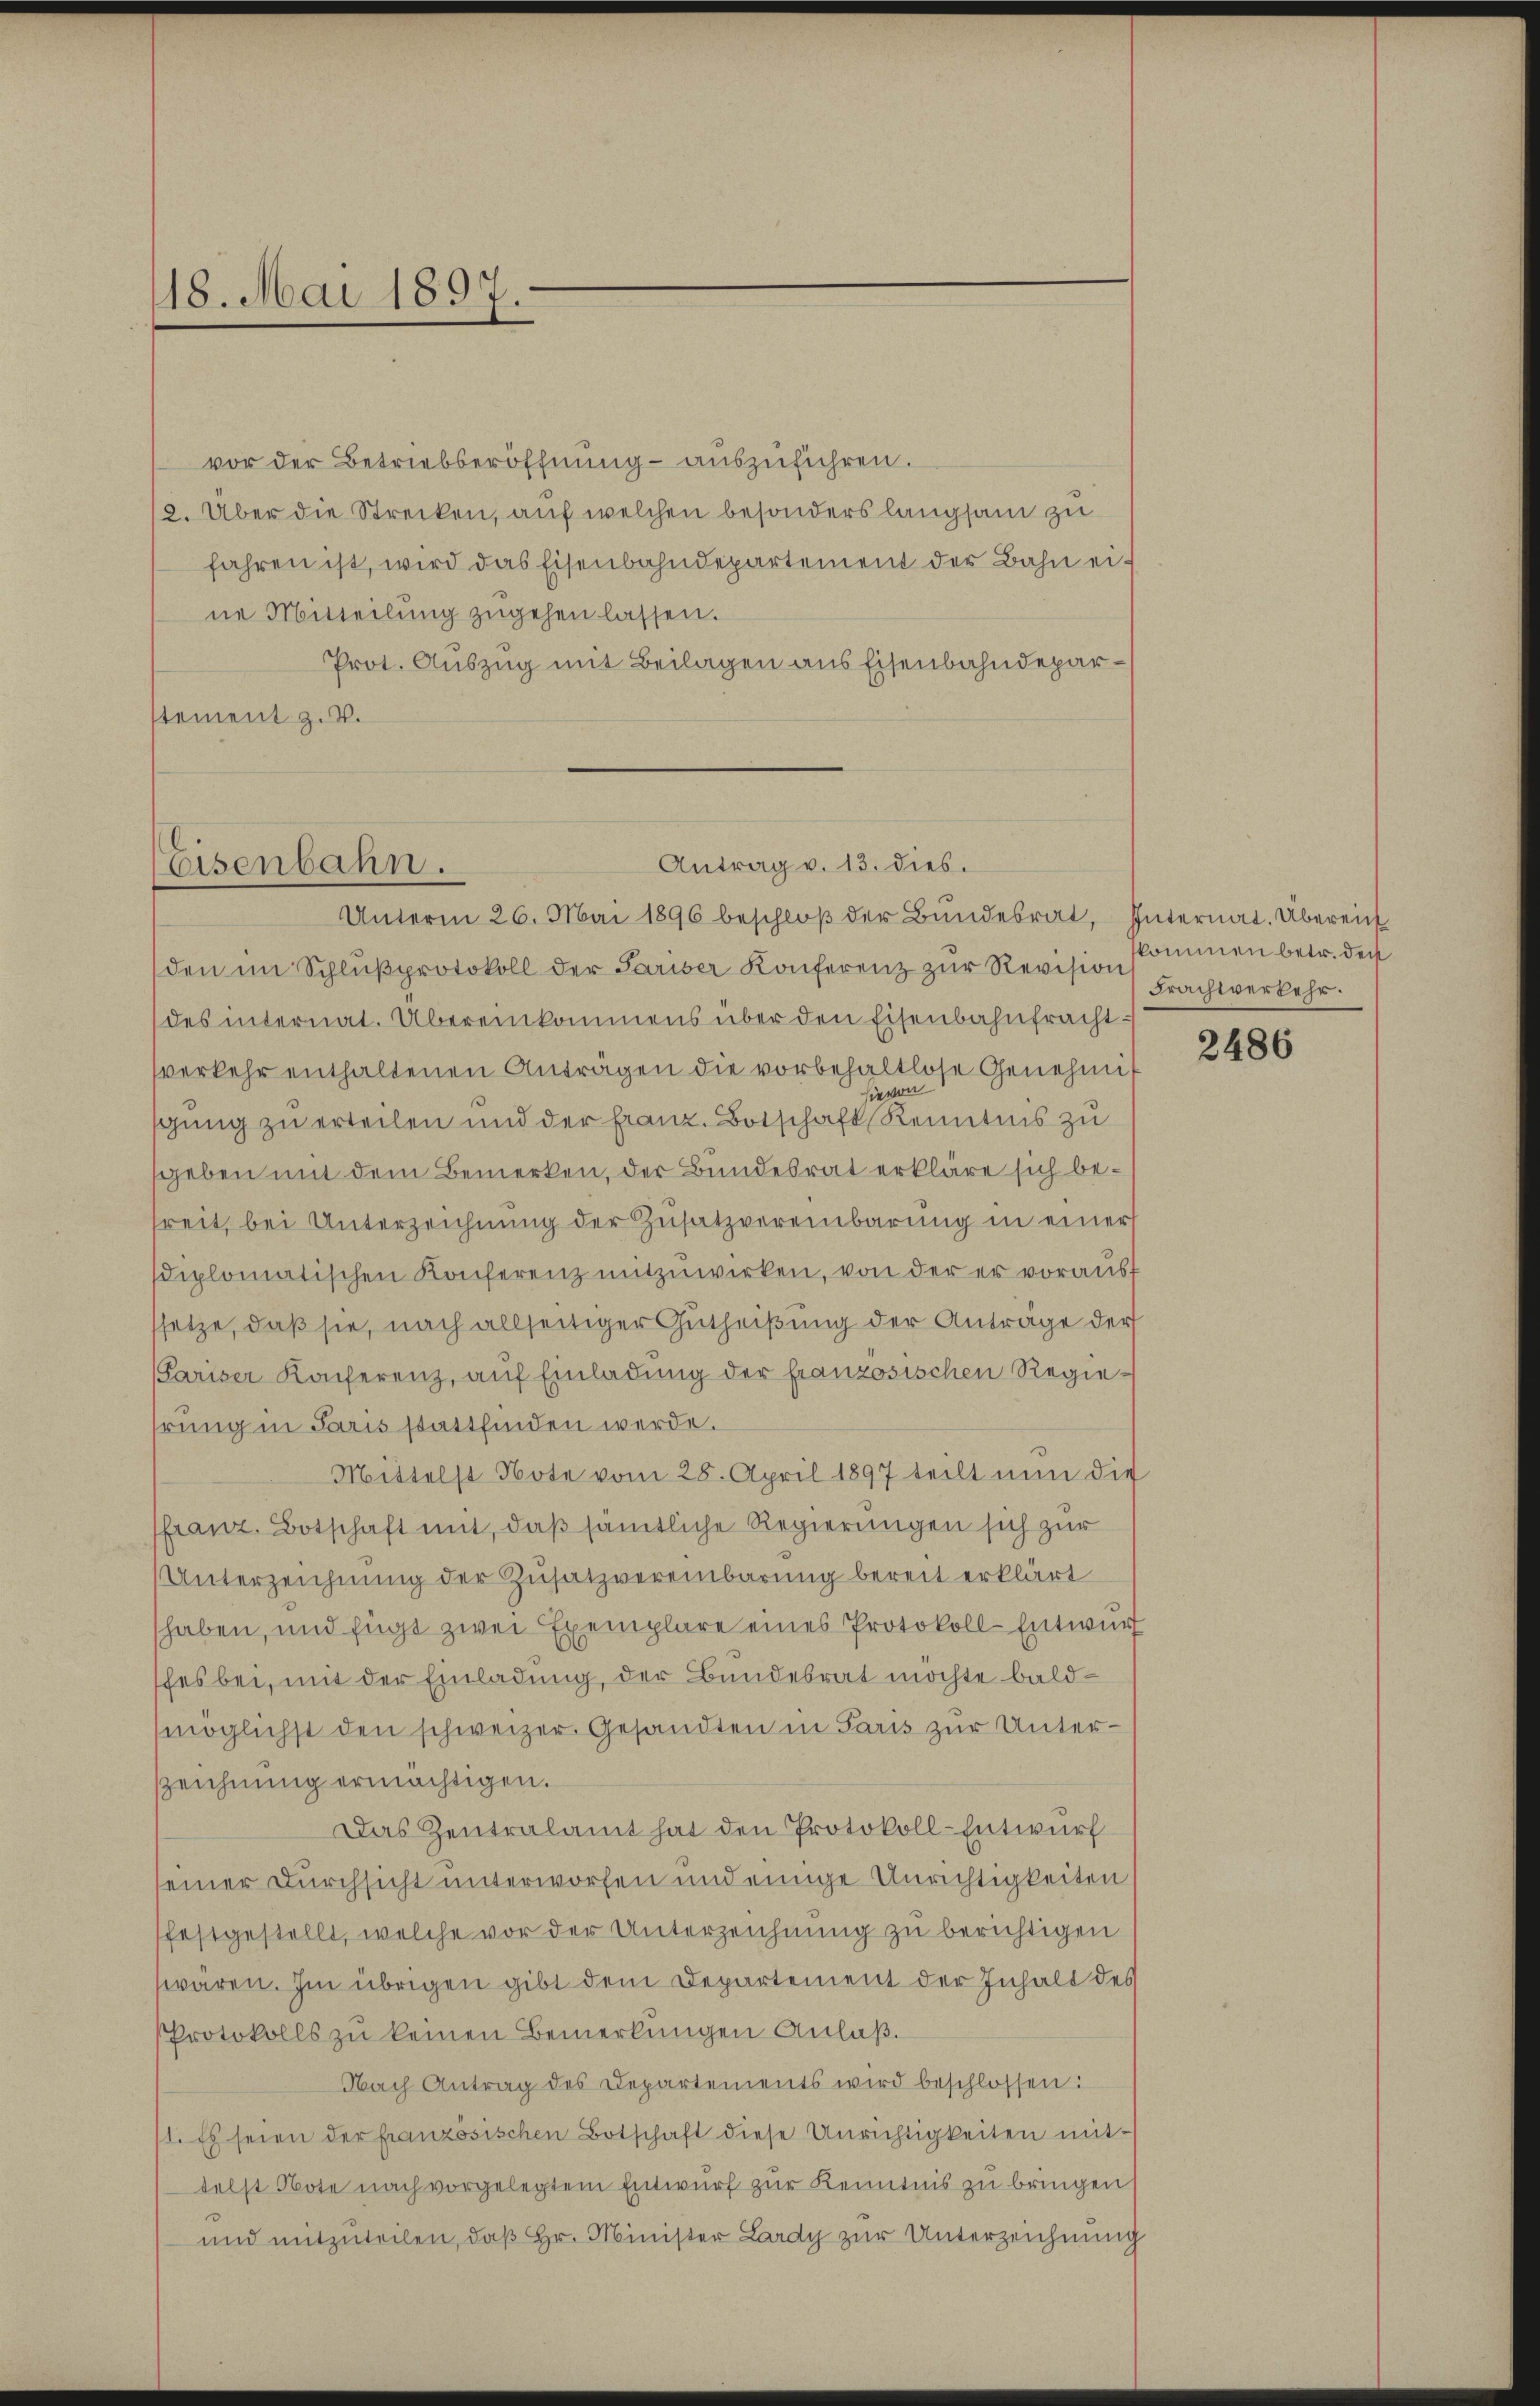
18. Mai 1891

vor der Betriebseröffnung auszuführen.
2. Über die Strecken, auf welchen besonders langsam zu
fahren ist, wird das Eisenbahndepartement der Bahn eine Mitteilung zugehen lassen.
Prot. Auszug mit Beilagen aus Eisenbahndeparstement z. B.

Eisenbahn.

den im Schlŭβprotokoll der Pariser Konferenz zur Revision
des internat. Übereinkommens über den Eisenbahnfrachtverkehr enthaltenen Anträgen die vorbehaltlose Genehmigung zu erteilen und der Franz. Botschaft Kenntnis zu
sgeben mit dem Bemerken, der Bundesrat erkläre sich bereit, bei Unterzeichnung der Zusatzvereinbarung in einer
diplomatischen Konferenz mitzuwirken, von der er voraust
setze, daß sie, nach allseitiger Gutheißung der Antrage der
Pariser Konferenz, auf Einladung der französischen Regierung in Paris stattfinden werde.
Mittelst Note vom 28. April 1897 teilt nun die
franz. Botschaft mit, daß sämtliche Regierungen sich zur
Unterzeichnung der Zusatzvereinbarung bereit erklärt
haben, und fügt zwei Exemplare eines Protokoll-Entwurf
fes bei, mit der Einladung, der Bundesrat möchte baldmöglichst den schweizer. Gesandten in Paris zŭr Unterzzeichnung ermächtigen.
Das Zentralamt hat den Protokoll-Entwurf
seiner Durchsicht unterworfen und einige Unrichtigkeiten
festgestellt, welche vor der Unterzeichnung zu berichtigen
waren. Im übrigen gibt dem Departement der Inhalt des
Protokolls zu keinen Bemerkungen Anlaß.
Nach Antrag des Departements wird beschlossen:
1. Es seien der französischen Botschaft diese Unrichtigkeiten mittelst Note nach vorgelegtem Entwurf zur Kenntnis zu bringen
und mitzuteilen, daß Hr. Minister Lardy zur Unterzeichnung

Antrag v. 13. dies.
Unterm 26. Mai 1896 beschloß der Bundesrat, Internat. Übereich

kommen betr. den
Frachtverkehr.

2486